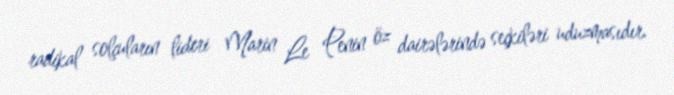
radikal solçuların lideri Marin Le Penin öz dairələrində seçkiləri uduzmasıdır.